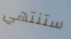
ستنتهي